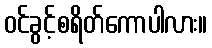
ဝင်ခွင့်စရိတ်ကောပါလား။